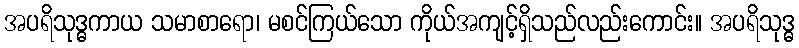
အပရိသုဒ္ဓကာယ သမာစာရော၊ မစင်ကြယ်သော ကိုယ်အကျင့်ရှိသည်လည်းကောင်း။ အပရိသုဒ္ဓ